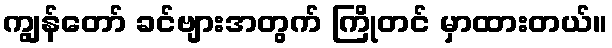
ကျွန်တော် ခင်ဗျားအတွက် ကြိုတင် မှာထားတယ်။